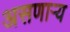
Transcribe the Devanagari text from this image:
असणाऱ्य